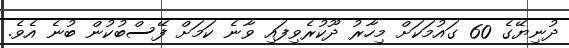
ދުނިޔޭގެ 60 ގައުމަކަށް މިހާރު ދޫކުރެވިފައި ވާނެ ކަމަށް ފޭސްބުކުން ބުނެ އެވެ.